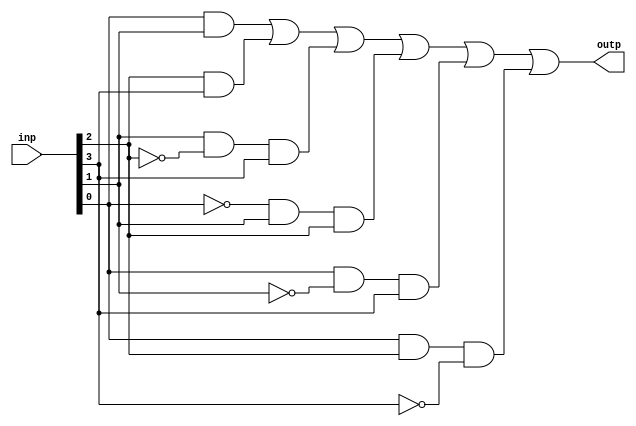
`timescale 1ns / 1ps

module Voting(inp, outp);
	input [3:0] inp;
	output reg outp;

	always @(inp)
       	begin
		outp <= (inp[0] & inp[1]) |
			(inp[2] & inp[3]) |
			(inp[1] & ~inp[2] & inp[3]) |
			(~inp[0] & inp[1] & inp[2]) |
			(inp[0] & ~inp[1] & inp[3]) |
			(inp[0] & inp[2] & ~inp[3]);
	end
	endmodule